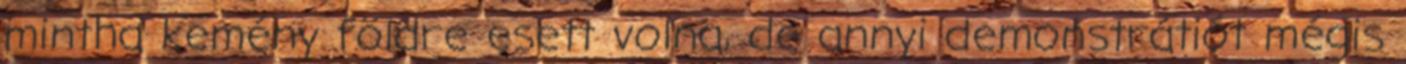
mintha kemény földre esett volna, de annyi demonstrátiót mégis